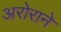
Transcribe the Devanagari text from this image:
अरोराने